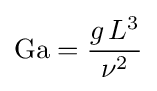
\mathrm {Ga} ={\frac {g\,L^{3}}{\nu ^{2}}}